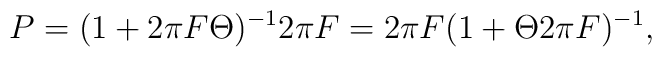
P= (1+2\pi F \Theta)^{-1} 2\pi F = 2\pi F (1+\Theta 2\pi F)^{-1},